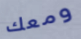
ومعك